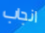
انجاب